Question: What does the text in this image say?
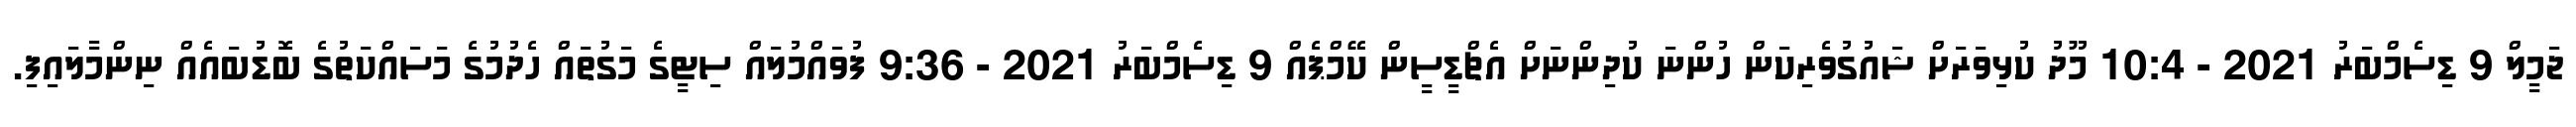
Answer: ޖަމީލް 9 ޑިސެމްބަރު 2021 - 10:4 މޫދު ކުޅިވަރަށް ޝައުގުވެރިކަން ހުންނަ ކުދިންނަށް އެޗްޑީސީން ކޭމްޕެއް 9 ޑިސެމްބަރު 2021 - 9:36 ފުވައްމުލައް ސިޓީގެ މަގުތައް ހެދުމުގެ މަސައްކަތުގެ ބޮޑުބައެއް ނިންމާލައިފި.